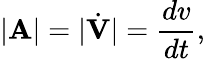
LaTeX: |\mathbf{A}|=|{\dot{\mathbf{V}}}|={\frac{dv}{dt}},